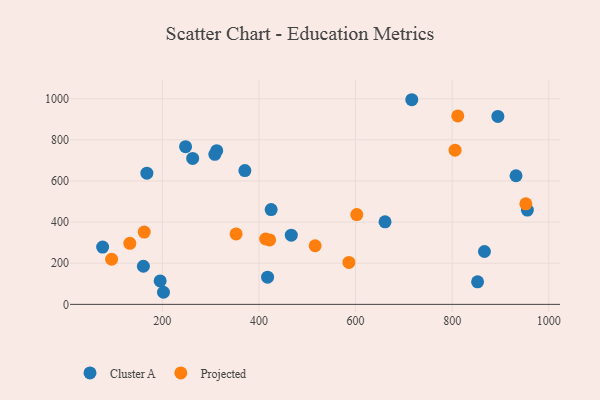
{"axis": {"x": "Price", "y": "Exam Score"}, "legend": ["Cluster A", "Projected"], "data": [{"x": "312.5", "y": 747.3, "type": "Cluster A"}, {"x": "852.6", "y": 109.8, "type": "Cluster A"}, {"x": "894.6", "y": 913.9, "type": "Cluster A"}, {"x": "202.3", "y": 58.8, "type": "Cluster A"}, {"x": "425.2", "y": 461.1, "type": "Cluster A"}, {"x": "932.2", "y": 625.3, "type": "Cluster A"}, {"x": "195.4", "y": 113.8, "type": "Cluster A"}, {"x": "370.8", "y": 650.5, "type": "Cluster A"}, {"x": "955.7", "y": 458.4, "type": "Cluster A"}, {"x": "308.6", "y": 729.7, "type": "Cluster A"}, {"x": "76.3", "y": 278.8, "type": "Cluster A"}, {"x": "866.8", "y": 257.0, "type": "Cluster A"}, {"x": "167.9", "y": 637.7, "type": "Cluster A"}, {"x": "160.7", "y": 185.3, "type": "Cluster A"}, {"x": "466.9", "y": 336.6, "type": "Cluster A"}, {"x": "248.0", "y": 766.8, "type": "Cluster A"}, {"x": "262.7", "y": 709.9, "type": "Cluster A"}, {"x": "417.8", "y": 132.4, "type": "Cluster A"}, {"x": "716.4", "y": 995.1, "type": "Cluster A"}, {"x": "661.0", "y": 401.2, "type": "Cluster A"}, {"x": "162.4", "y": 351.5, "type": "Projected"}, {"x": "952.5", "y": 489.0, "type": "Projected"}, {"x": "806.0", "y": 749.7, "type": "Projected"}, {"x": "602.5", "y": 436.6, "type": "Projected"}, {"x": "413.8", "y": 317.9, "type": "Projected"}, {"x": "132.6", "y": 296.8, "type": "Projected"}, {"x": "586.2", "y": 203.8, "type": "Projected"}, {"x": "94.9", "y": 219.5, "type": "Projected"}, {"x": "811.6", "y": 916.1, "type": "Projected"}, {"x": "422.1", "y": 313.4, "type": "Projected"}, {"x": "352.6", "y": 342.4, "type": "Projected"}, {"x": "516.3", "y": 285.1, "type": "Projected"}]}